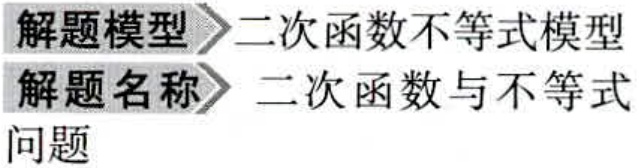
解题模型 \(\rhd\) 二次函数不等式模型
解题名称 \(\rhd\) 二次函数与不等式
问题